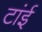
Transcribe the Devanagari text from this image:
टांई